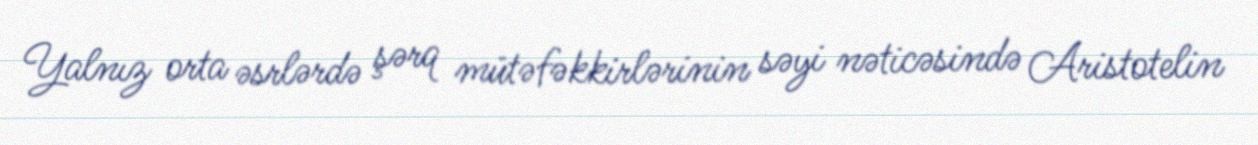
Yalnız orta əsrlərdə şərq mütəfəkkirlərinin səyi nəticəsində Aristotelin